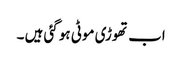
اب تھوڑی موٹی ہو گئی ہیں ۔